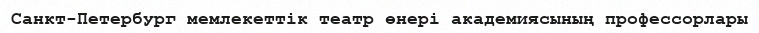
Санкт-Петербург мемлекеттік театр өнері академиясының профессорлары